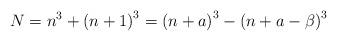
LaTeX: \begin{align*}N=n^{3}+\left(n+1\right)^{3}=\left(n+a\right)^{3}-\left(n+a-\beta\right)^{3}\end{align*}